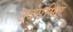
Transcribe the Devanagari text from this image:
उद्गमित